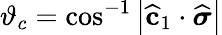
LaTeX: \vartheta_{c}=\cos^{-1}\left|\widehat{\mathbf{c}}_{1}\cdot\widehat{\boldsymbol{\sigma}}\right|